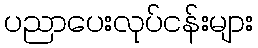
ပညာပေးလုပ်ငန်းများ